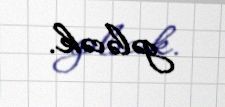
gələcək.